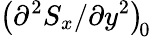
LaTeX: \left({\partial^{2}S_{x}}/{\partial y^{2}}\right)_{\! 0}